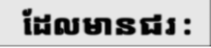
ដែលមានជរ :